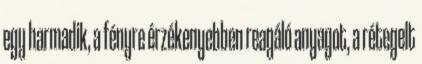
egy harmadik, a fényre érzékenyebben reagáló anyagot, a rétegelt